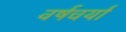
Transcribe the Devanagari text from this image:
वर्षचर्या